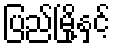
ပြည်မြို့နှင့်